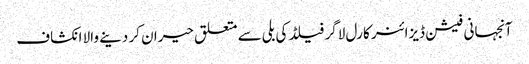
آنجہانی فیشن ڈیزائنر کارل لاگر فیلڈ کی بلی سے متعلق حیران کر دینے والا انکشاف